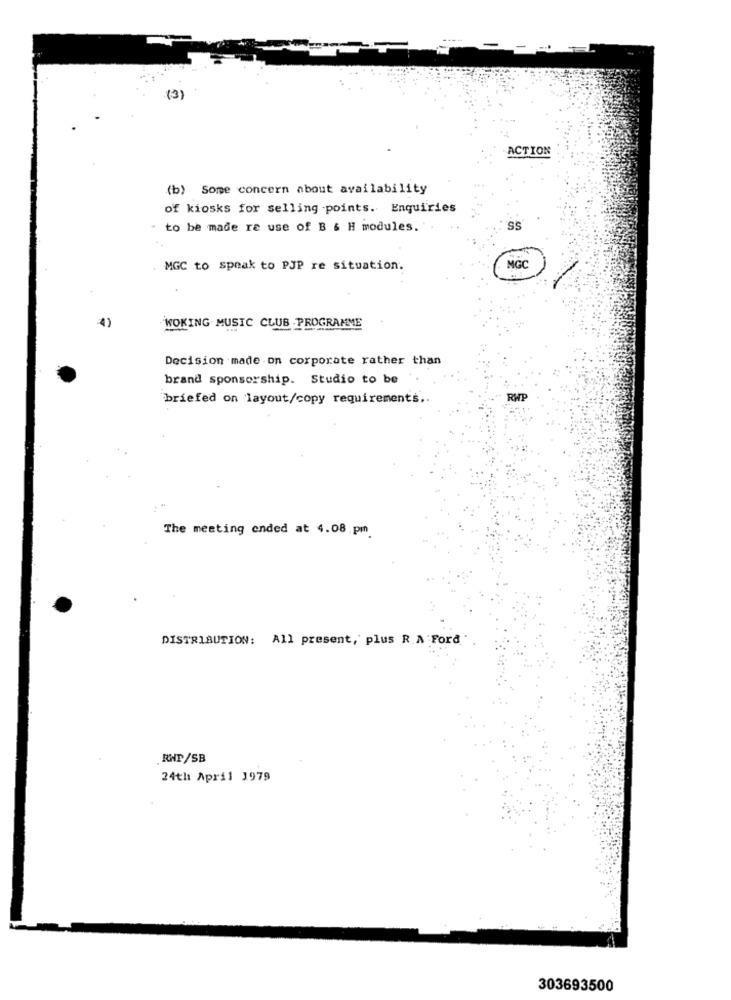
(3)
ACTION
(b) Some concern about availability
of kiosks for selling points. Enquiries
to be made re use of B & H modules."
SS
MGC to speak to PJP re situation.
MGC
WOKING MUSIC CLUB - PROGRAMME
Decision made on corporate rather than
brand sponsorship. Studio to be
briefed on layout/copy requirements ..
RWP
The meeting ended at 4.08 pm.
DISTRIBUTION: All present, plus R.A Ford
RWP/SB
24th April 1979
303693500